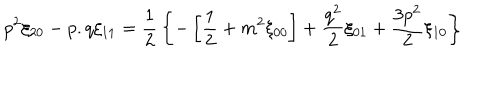
LaTeX: p ^ { 2 } \xi _ { 2 0 } - p . q \xi _ { 1 1 } = { \frac { 1 } { 2 } } \left\{ - \left[ { \frac { 1 } { 2 } } + m ^ { 2 } \xi _ { 0 0 } \right] + { \frac { q ^ { 2 } } { 2 } } \xi _ { 0 1 } + { \frac { 3 p ^ { 2 } } { 2 } } \xi _ { 1 0 } \right\}